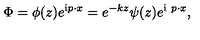
\Phi = \phi ( z ) e ^ { \mathrm { i } p \cdot x } = e ^ { - k z } \psi ( z ) e ^ { \mathrm { i } \ p \cdot x } ,